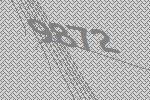
9872